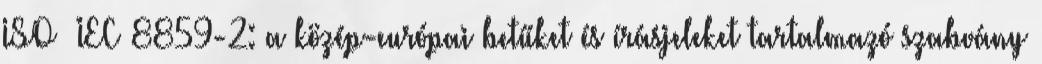
ISO IEC 8859-2: a közép-európai betűket és írásjeleket tartalmazó szabvány